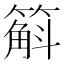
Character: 䈸